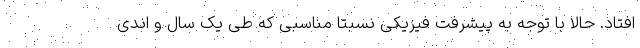
افتاد. حالا با توجه به پیشرفت فیزیکی نسبتا مناسبی که طی یک سال و اندی